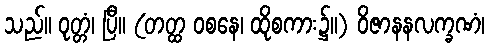
သည်။ ဝုတ္တံ၊ ပြီ။ (တတ္ထ ဝစနေ၊ ထိုစကား၌။) ဝိဇာနနလက္ခဏံ၊